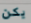
يكن